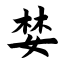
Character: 婪